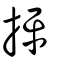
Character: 抨